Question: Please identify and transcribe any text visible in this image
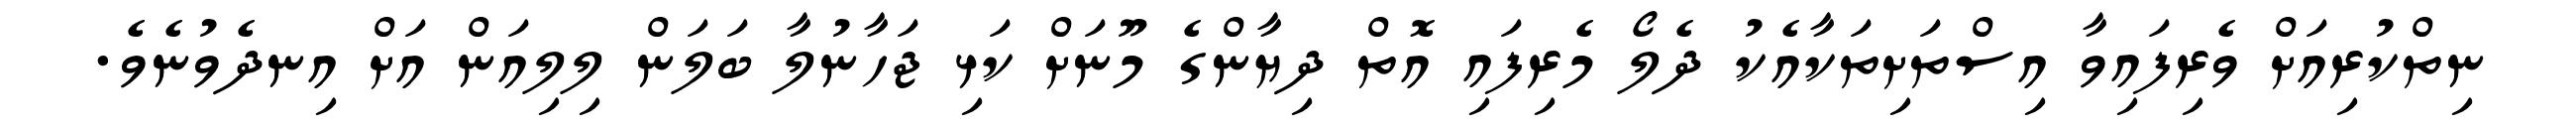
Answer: ނިތްކުރިއަށް ވެރިފައިވާ އިސްތަށިތަކާއެކު ދެލޯ މެރިފައި އޮތް ދިޔާންގެ މޫނަށް ކަޅި ޖަހާނުލާ ބަލަން ލިލިއަން އަށް އިނދެވުނެވެ.